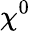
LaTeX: \chi^{0}